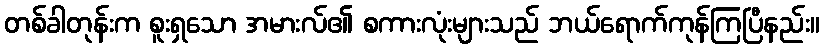
တစ်ခါတုန်းက စူးရှသော အမားလ်၏ စကားလုံးများသည် ဘယ်ရောက်ကုန်ကြပြီနည်း။